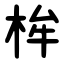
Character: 桙